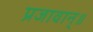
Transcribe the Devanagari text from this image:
प्रजावान्॥